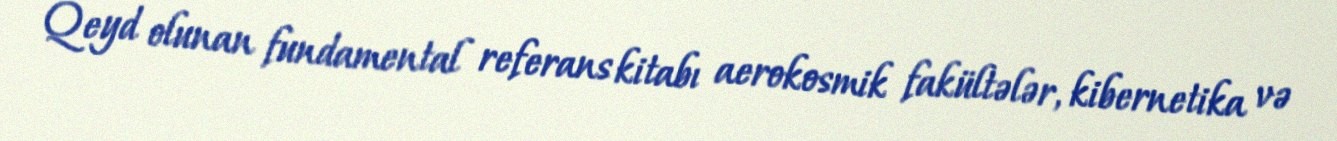
Qeyd olunan fundamental referans kitabı aerokosmik fakültələr, kibernetika və